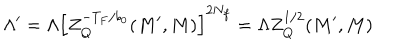
\Lambda ^ { \prime } = \Lambda \left[ Z _ { Q } ^ { - T _ { F } / b _ { 0 } } ( M ^ { \prime } , M ) \right] ^ { 2 N _ { f } } = \Lambda Z _ { Q } ^ { 1 / 2 } ( M ^ { \prime } , M )